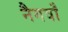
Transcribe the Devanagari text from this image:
नैगवाँ